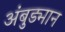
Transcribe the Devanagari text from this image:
अंबुड्मान